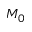
M _ { 0 }